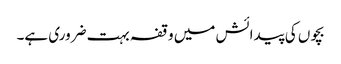
بچوں کی پیدائش میں وقفہ بہت ضروری ہے۔